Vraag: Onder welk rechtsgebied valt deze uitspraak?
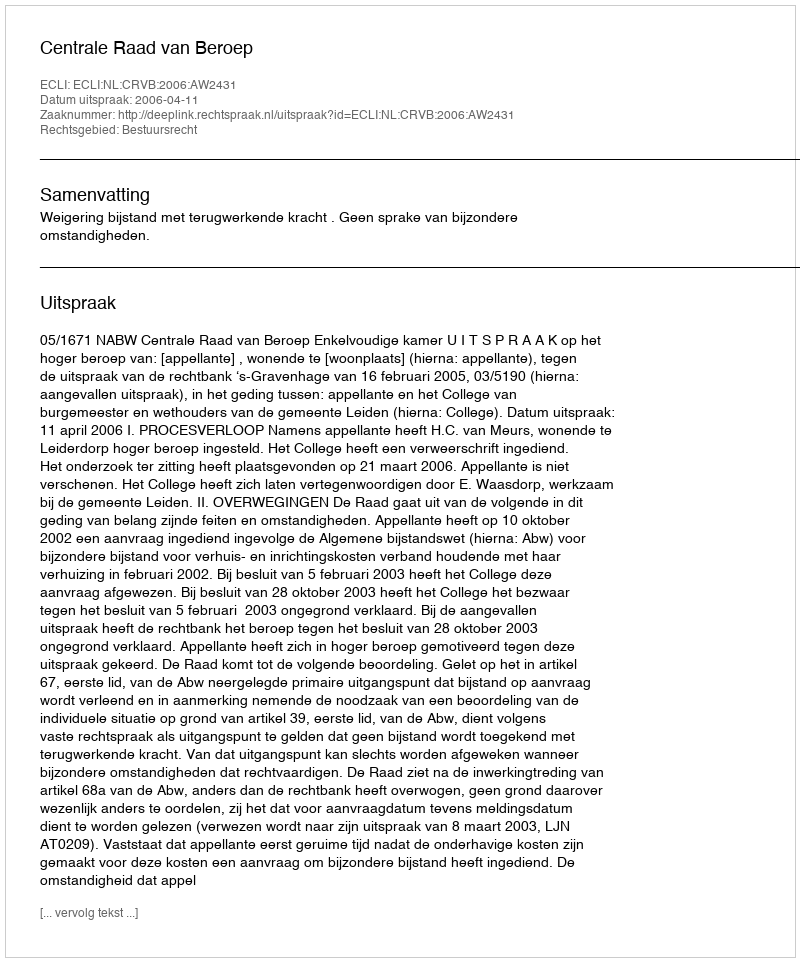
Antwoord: Bestuursrecht